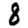
Digit: 8